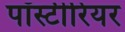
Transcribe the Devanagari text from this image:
पॉस्टीरियर